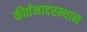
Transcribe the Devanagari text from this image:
कीर्तनादरम्यान